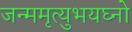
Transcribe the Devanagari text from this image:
जन्ममृत्युभयघ्नो